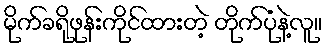
မိုက်ခရိုဖုန်းကိုင်ထားတဲ့ တိုက်ပုံနဲ့လူ။